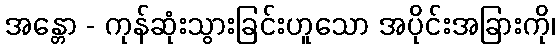
အန္တော - ကုန်ဆုံးသွားခြင်းဟူသော အပိုင်းအခြားကို၊